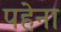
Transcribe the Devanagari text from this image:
पहेना